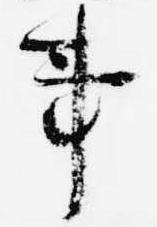
事